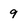
Character: 9